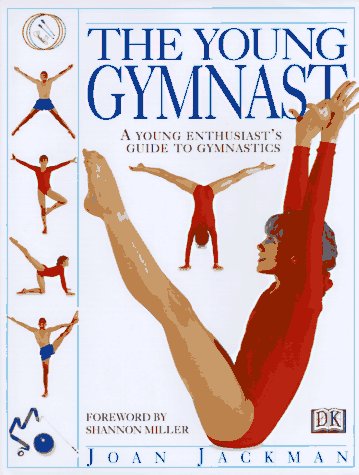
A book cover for The Young Gymnast; Joan Jackman; Children's Books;